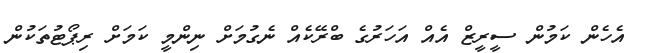
އެހެން ކަމުން ސީރީޒް އެއް އަހަރުގެ ބްރޭކެއް ނެގުމަށް ނިންމީ ކަމަށް ރިޕޯޓުތަކުން